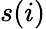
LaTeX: s(i)